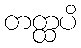
တတ္ထပိ